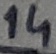
Text: 14